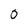
Character: O